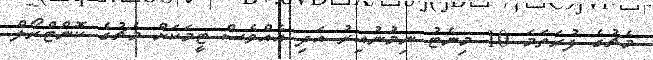
މެޗުގެ ފުރަތަމަ 10 މިނެޓު ނިމުނުއިރު އަދި އެއްވެސް ޓީމަކަށް މެޗުގެ ކޮންޓްރޯލް